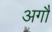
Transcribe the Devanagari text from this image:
अगौ